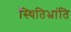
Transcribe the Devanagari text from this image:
स्थितिभ्रांति